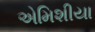
એમિશીયા